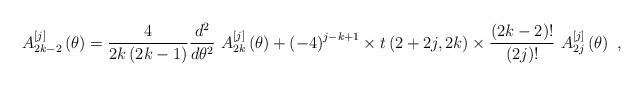
LaTeX: \begin{align*}A_{2k-2}^{\left[ j\right] }\left( \theta\right) =\frac{4}{2k\left(2k-1\right) }\frac{d^{2}}{d\theta^{2}}~A_{2k}^{\left[ j\right] }\left(\theta\right) +\left( -4\right) ^{j-k+1}\times t\left( 2+2j,2k\right)\times\frac{\left( 2k-2\right) !}{\left( 2j\right) !}~A_{2j}^{\left[j\right] }\left( \theta\right) \ , \end{align*}